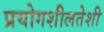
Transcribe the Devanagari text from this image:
प्रयोगशीलतेशी